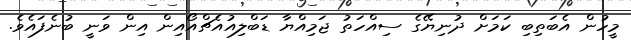
މީހުން އެބަތިބި ކަމަށް ދުނިޔޭގެ ސިއްހަތު ޖަމިއްޔާ ޑަބްލިއުއެޗްއޯއިން އިން ވަނީ ބުނެފައެވެ.